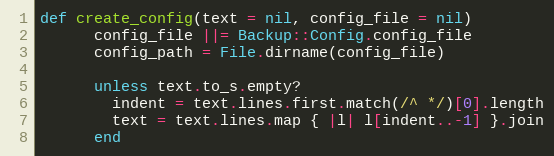
Language: Ruby
def create_config(text = nil, config_file = nil)
      config_file ||= Backup::Config.config_file
      config_path = File.dirname(config_file)

      unless text.to_s.empty?
        indent = text.lines.first.match(/^ */)[0].length
        text = text.lines.map { |l| l[indent..-1] }.join
      end